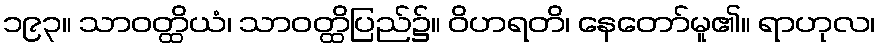
၁၉၃။ သာဝတ္ထိယံ၊ သာဝတ္ထိပြည်၌။ ဝိဟရတိ၊ နေတော်မူ၏။ ရာဟုလ၊